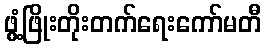
ဖွံ့ဖြိုးတိုးတက်ရေးကော်မတီ